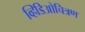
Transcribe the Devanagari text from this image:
व्हिडिओचित्रण